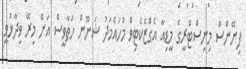
ފިނޭންސް މިނިސްޓްރީގެ މީޑިއާ އެގްޒެކެޓިވް މުހައްމަދު ޝަނޫން ހަތާވީސް އަށް މިރޭ ވިދާޅުވީ